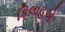
કિલાહએ